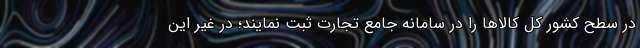
در سطح کشور کل کالاها را در سامانه جامع تجارت ثبت نمایند؛ در غیر این